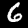
Digit: 6